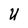
Character: U